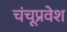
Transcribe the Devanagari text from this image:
चंचूप्रवेश